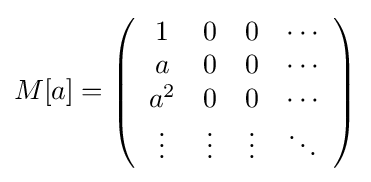
M[a]=\left({\begin{array}{cccc}1&0&0&\cdots \\a&0&0&\cdots \\a^{2}&0&0&\cdots \\\vdots &\vdots &\vdots &\ddots \end{array}}\right)